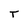
Character: T